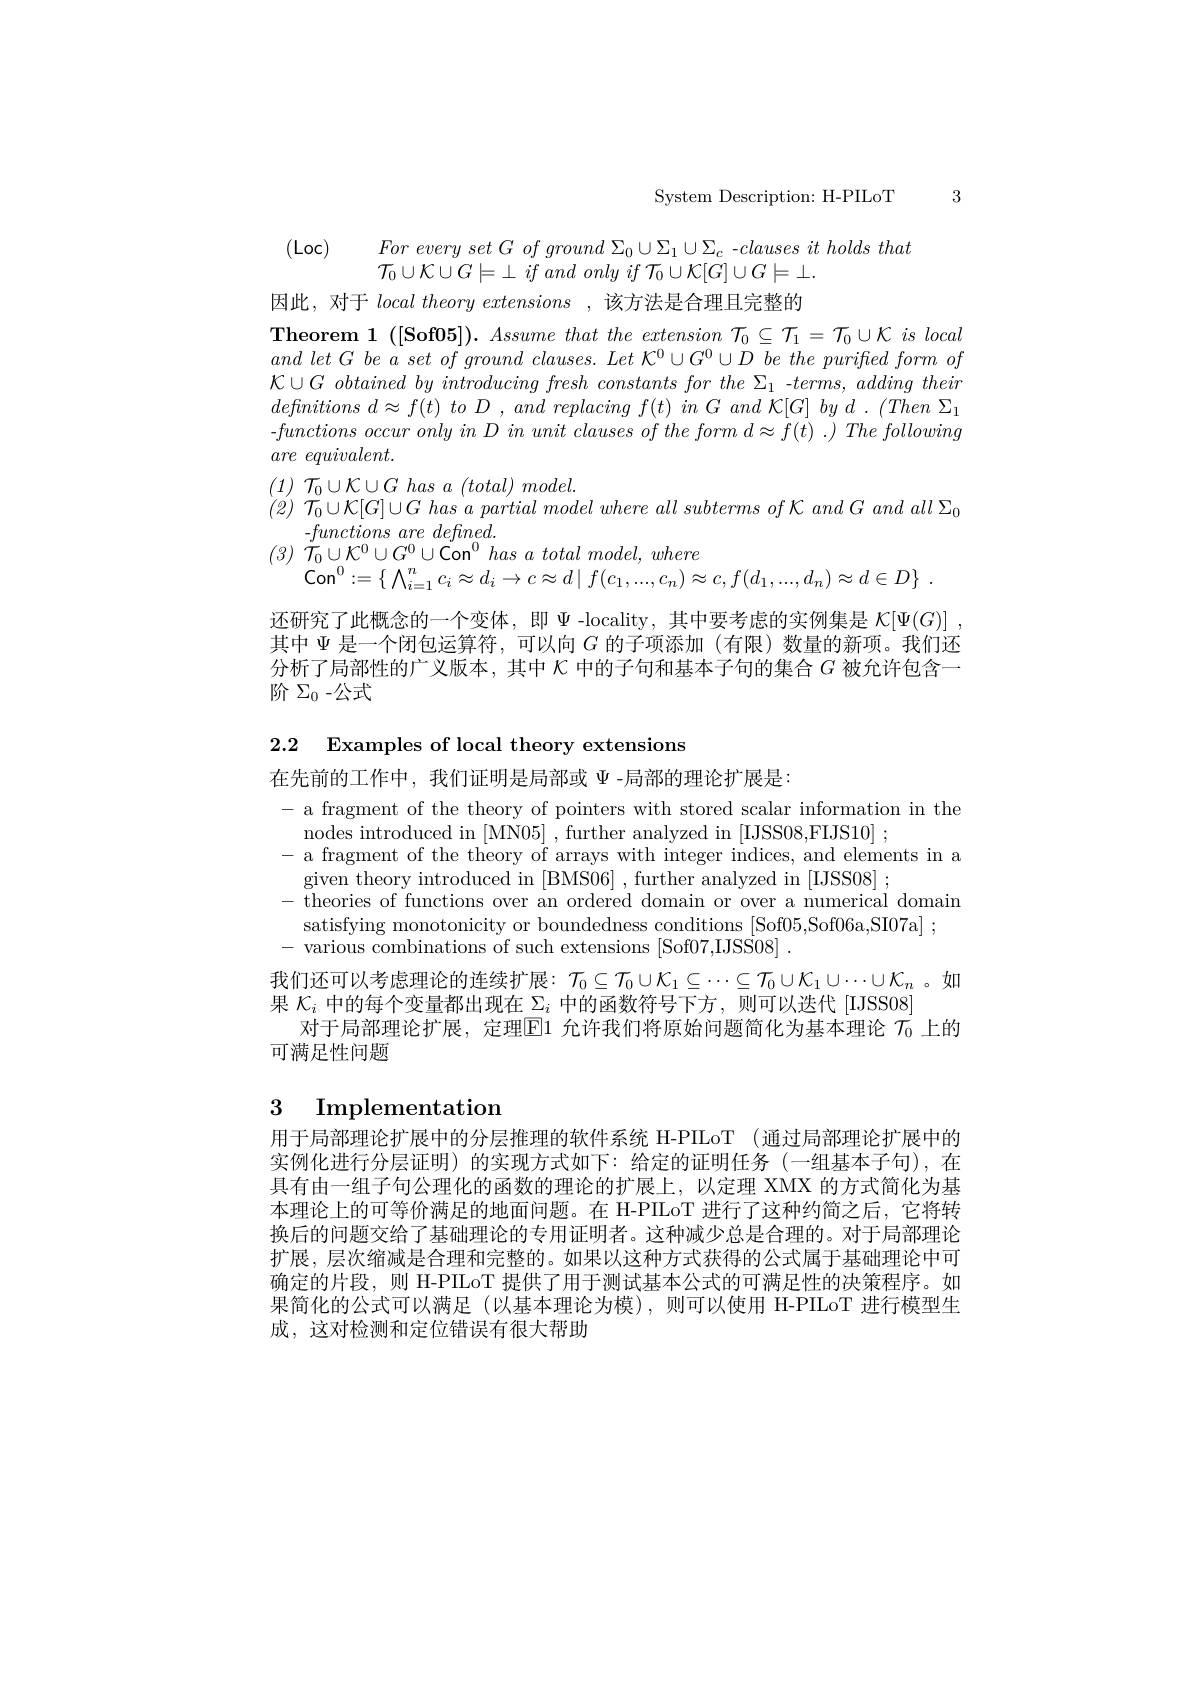
System Description: H-PILoT

3

(Loc) $For\textit{ every set G of ground }\Sigma _0\cup \Sigma _1\cup \Sigma _c$ -clauses it holds that

$\mathcal{T} _0\cup \mathcal{K} \cup G\models \perp \textit{if and only if }\mathcal{T} _0\cup \mathcal{K} [ G] \cup G\models \bot .$

因此，对于localtheoryextensions ,该方法是合理且完整的
Theorem 1 $( [ \mathbf{Sof05}] ) . Assume$ that the extension $\mathcal{T} _{0}\subseteq \mathcal{T} _{1}= \mathcal{T} _{0}\cup \mathcal{K}$ $is$ local $and\textit{ let G be a set of ground clauses. Let K}^0\cup G^0\cup D\textit{ be the purified form of}$ $\mathcal{K} \cup G\textit{ obtained by introducing fresh constants for the }_1$ -terms, adding their defnitions $d\approx f( t)$ $to$ $D$ , and replacing $f( t)$ $in$ $G$ and ${\mathcal{K} }[ G]$ $by$ $d$ . $( Then$ $\Sigma _{1}$ -$functions\textit{ occur only in D in unit clauses of the form d}\approx f( t)$ .) The following $are\textit{ equivalent. }$
$(1)~\mathcal{T}_{0}\cup\mathcal{K}\cup G~has~a~(total)~model.$
(2) $\dot{\mathcal{T} } _{0}\cup \mathcal{K} [ G] \cup G$ has $\dot{a}$ partial model where all subterms $of$ $\mathcal{K}$ and $G$ and all $\Sigma _{0}$
$- functions\textit{are defined}.$
$(3)~\tilde{\mathcal T}_{0}\cup\mathcal{K}^{0}\cup G^{0}\cup\mathrm{Con}^{0}~has~a~total~model,~where$
$\mathrm{Con}^{0}: = \{$ $\bigwedge _{i= 1}^{n}c_{i}\approx d_{i}\to c\approx d\mid f( c_{1}, . . . , c_{n}) \approx c, f( d_{1}, . . . , d_{n}) \approx d\in D\}$ .
还研究了此概念的一个变体，即$\Psi$ -locality,其中要考虑的实例集是 $\mathcal{K} [ \Psi ( G) ]$ , 其中$\Psi$是一个闭包运算符，可以向$G$的子项添加 (有限)数量的新项。我们还分析了局部性的广义版本，其中$\kappa$中的子句和基本子句的集合$G$被允许包含一

阶 $\Sigma_0-$公式

2.2 Examples of local theory extensions

在先前的工作中，我们证明是局部或$\Psi$ -局部的理论扩展是：
- a fragment of the theory of pointers with stored scalar information in the
nodes introduced in [MN05] , further analyzed in [IJSS08,FIJS10] ;
- a fragment of the theory of arrays with integer indices, and elements in a
given theory introduced in [BMS06] , further analyzed in [IJSS08] ;
- theories of functions over an ordered domain or over a numerical domain
satisfying monotonicity or boundedness conditions [Sof05,Sof06a,SI07a] ;
- various combinations of such extensions [Sof07,IJSS08]~.
我们还可以考虑理论的连续扩展：$\mathcal{T}_0\subseteq\mathcal{T}_0\cup\mathcal{K}_1\subseteq\cdots\subseteq\mathcal{T}_0\cup\mathcal{K}_1\cup\cdots\cup\mathcal{K}_n$。如
果$\mathcal{K}_i$中的每个变量都出现在$\Sigma_i$中的函数符号下方，则可以迭代[IJSS08]
对于局部理论扩展，定理$\overline{\mathrm{E}}$1 允许我们将原始问题简化为基本理论 $\tau_{0}$ 上的
可满足性问题

# 3 Implementation

用于局部理论扩展中的分层推理的软件系统 H-PILoT (通过局部理论扩展中的实例化进行分层证明)的实现方式如下：给定的证明任务(一组基本子句),在具有由一组子句公理化的函数的理论的扩展上，以定理 XMX 的方式简化为基本理论上的可等价满足的地面问题。在 H-PILoT 进行了这种约简之后，它将转换后的问题交给了基础理论的专用证明者。这种减少总是合理的。对于局部理论扩展，层次缩减是合理和完整的。如果以这种方式获得的公式属于基础理论中可确定的片段，则 H-PILoT 提供了用于测试基本公式的可满足性的决策程序。如果简化的公式可以满足(以基本理论为模),则可以使用 H-PILoT 进行模型生成，这对检测和定位错误有很大帮助